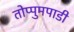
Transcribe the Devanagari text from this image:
तोप्पुमपाडी